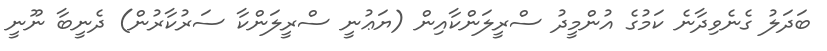
ބަދަލު ގެނެވިދާނެ ކަމުގެ އުންމީދު ސްރީލަންކާއިން (ޔަޢުނީ ސްރީލަންކާ ސަރުކާރުން) ދެނީބާ ނޫނީ